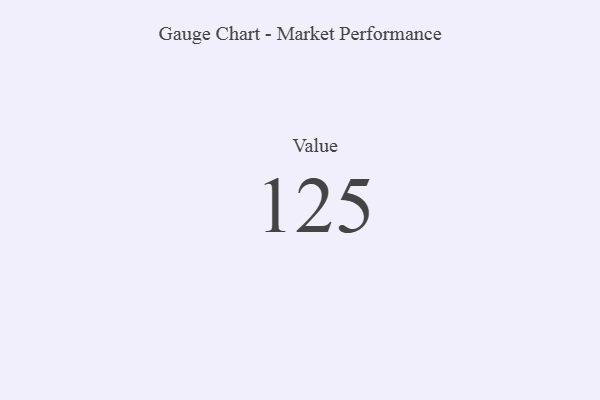
{"axis": {"x": "Metric", "y": "Value"}, "legend": [""], "data": [{"x": "Value", "y": 125, "type": ""}]}